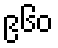
၉၆၀